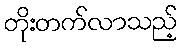
တိုးတက်လာသည့်